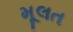
મૂલત